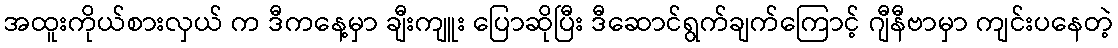
အထူးကိုယ်စားလှယ် က ဒီကနေ့မှာ ချီးကျူး ပြောဆိုပြီး ဒီဆောင်ရွက်ချက်ကြောင့် ဂျီနီဗာမှာ ကျင်းပနေတဲ့